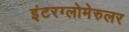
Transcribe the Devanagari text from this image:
इंटरग्लोमेरुलर